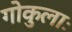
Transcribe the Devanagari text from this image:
गोकुलाः